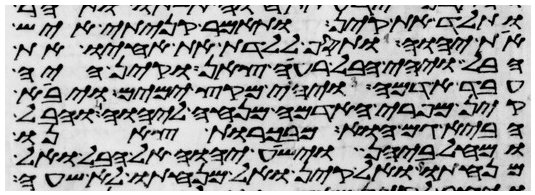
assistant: ותלד את קין ותאמר קניתי איש
את יהוה ותסף ללדת את אחיו את
הבל ויהי הבל רעי צאן וקין היה
עבד אדמה ויהי מקץ ימים ויבא
קין מפרי האדמה מנחה ליהוה והבל
הביא גם הוא מבכורות צאנו
ומחלביהן וישע יהוה אל הבל ואל
מנחתו ואל קין ואל מנחתו לא שעה